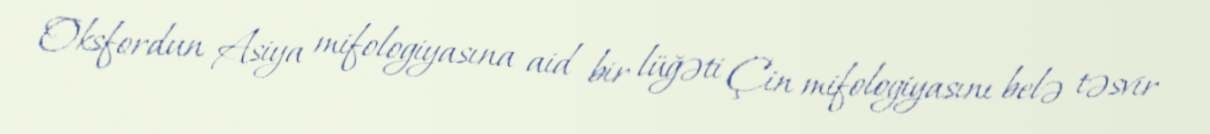
Oksfordun Asiya mifologiyasına aid bir lüğəti Çin mifologiyasını belə təsvir